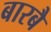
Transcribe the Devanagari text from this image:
बारबै